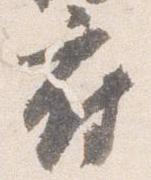
府